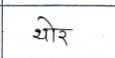
मजकूर: थोर